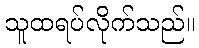
သူထရပ်လိုက်သည်။